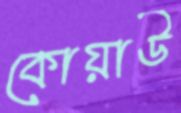
কোয়াউ